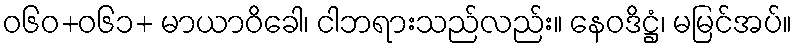
ဝ၆၀+၀၆၁+ မာယာဝိခေါ၊ ငါဘရားသည်လည်း။ နေဝဒိဋ္ဌံ၊ မမြင်အပ်။